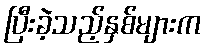
ပြီးခဲ့သည့်နှစ်များက